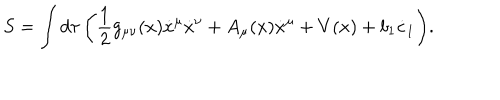
LaTeX: S = \int { d \tau \left( \frac { 1 } { 2 } g _ { \mu \nu } ( x ) \dot { x } ^ { \mu } \dot { x } ^ { \nu } + A _ { \mu } ( x ) \dot { x } ^ { \mu } + V ( x ) + b _ { 1 } \dot { c } _ { 1 } \right) } .